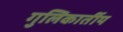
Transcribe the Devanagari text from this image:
गुलिकार्तीय